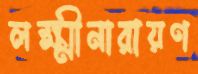
লক্ষ্মীনারায়ণ